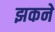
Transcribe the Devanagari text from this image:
झकने